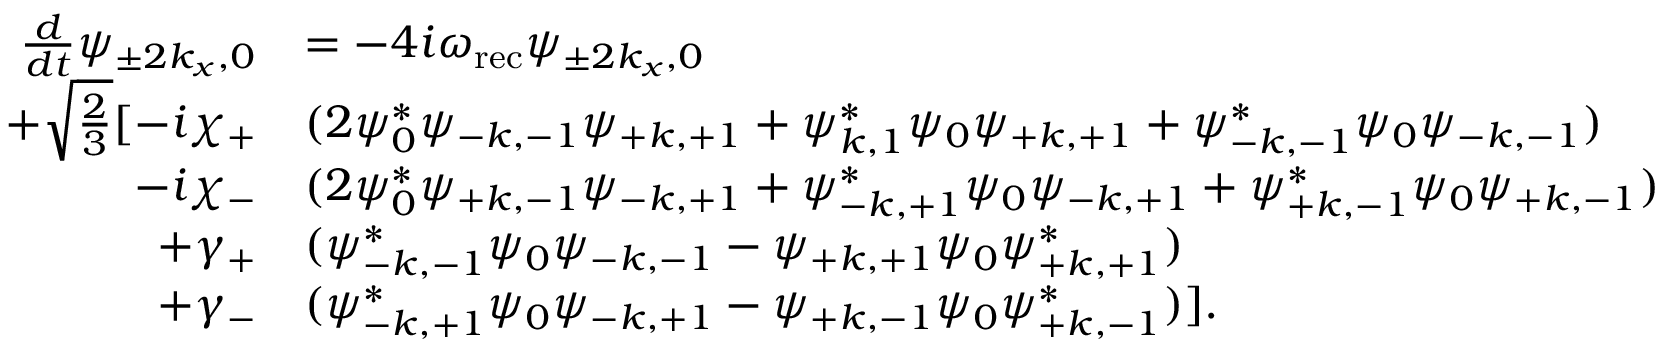
\begin{array} { r l } { \frac { d } { d t } \psi _ { \pm 2 k _ { x } , 0 } } & { = - 4 i \omega _ { \mathrm { r e c } } \psi _ { \pm 2 k _ { x } , 0 } } \\ { + \sqrt { \frac { 2 } { 3 } } \large [ - i \chi _ { + } } & { ( 2 \psi _ { 0 } ^ { * } \psi _ { \mathrm { - } k , \mathrm { - } 1 } \psi _ { \mathrm { + } k , \mathrm { + } 1 } + \psi _ { k , 1 } ^ { * } \psi _ { 0 } \psi _ { \mathrm { + } k , \mathrm { + } 1 } + \psi _ { \mathrm { - } k , \mathrm { - } 1 } ^ { * } \psi _ { 0 } \psi _ { \mathrm { - } k , \mathrm { - } 1 } ) } \\ { - i \chi _ { - } } & { ( 2 \psi _ { 0 } ^ { * } \psi _ { \mathrm { + } k , \mathrm { - } 1 } \psi _ { \mathrm { - } k , \mathrm { + } 1 } + \psi _ { \mathrm { - } k , \mathrm { + } 1 } ^ { * } \psi _ { 0 } \psi _ { \mathrm { - } k , \mathrm { + } 1 } + \psi _ { \mathrm { + } k , \mathrm { - } 1 } ^ { * } \psi _ { 0 } \psi _ { \mathrm { + } k , \mathrm { - } 1 } ) } \\ { + \gamma _ { + } } & { ( \psi _ { \mathrm { - } k , \mathrm { - } 1 } ^ { * } \psi _ { 0 } \psi _ { \mathrm { - } k , \mathrm { - } 1 } - \psi _ { \mathrm { + } k , \mathrm { + } 1 } \psi _ { 0 } \psi _ { \mathrm { + } k , \mathrm { + } 1 } ^ { * } ) } \\ { + \gamma _ { - } } & { ( \psi _ { \mathrm { - } k , \mathrm { + } 1 } ^ { * } \psi _ { 0 } \psi _ { \mathrm { - } k , \mathrm { + } 1 } - \psi _ { \mathrm { + } k , \mathrm { - } 1 } \psi _ { 0 } \psi _ { \mathrm { + } k , \mathrm { - } 1 } ^ { * } ) ] . } \end{array}